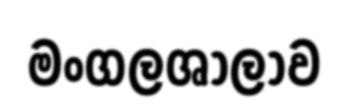
මංගලශාලාව